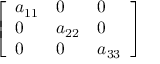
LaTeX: \left[ \begin{array} { l l l } { a _ { 1 1 } } & { 0 } & { 0 } \\ { 0 } & { a _ { 2 2 } } & { 0 } \\ { 0 } & { 0 } & { a _ { 3 3 } } \end{array} \right]